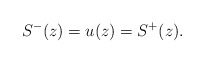
\begin{align*}S^{-}(z)=u(z)=S^{+}(z).\end{align*}